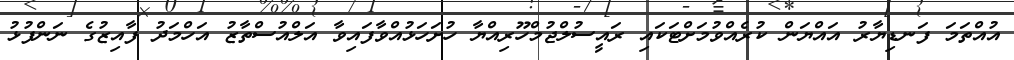
އުއްތަމަ ފަނޑިޔާރު އައްޔަން ކުރެއްވުމަށްޓަކައި ރައީސުލްޖުމްހޫރިއްޔާ ހުށަހަޅުއްވާފައިވާ އަލްއުސްތާޒު އަހްމަދު ފާއިޒުގެ ނަންފުޅު